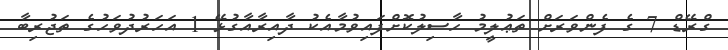
ގްރޭޑް 7 ގެ ފެންވަރަށް ތަޢުލީމު ހާސިލުކޮށްފައިވުމާއެކު ދާއިރާއާގުޅޭ 1 އަހަރުދުވަހުގެ ތަޖުރިބާ